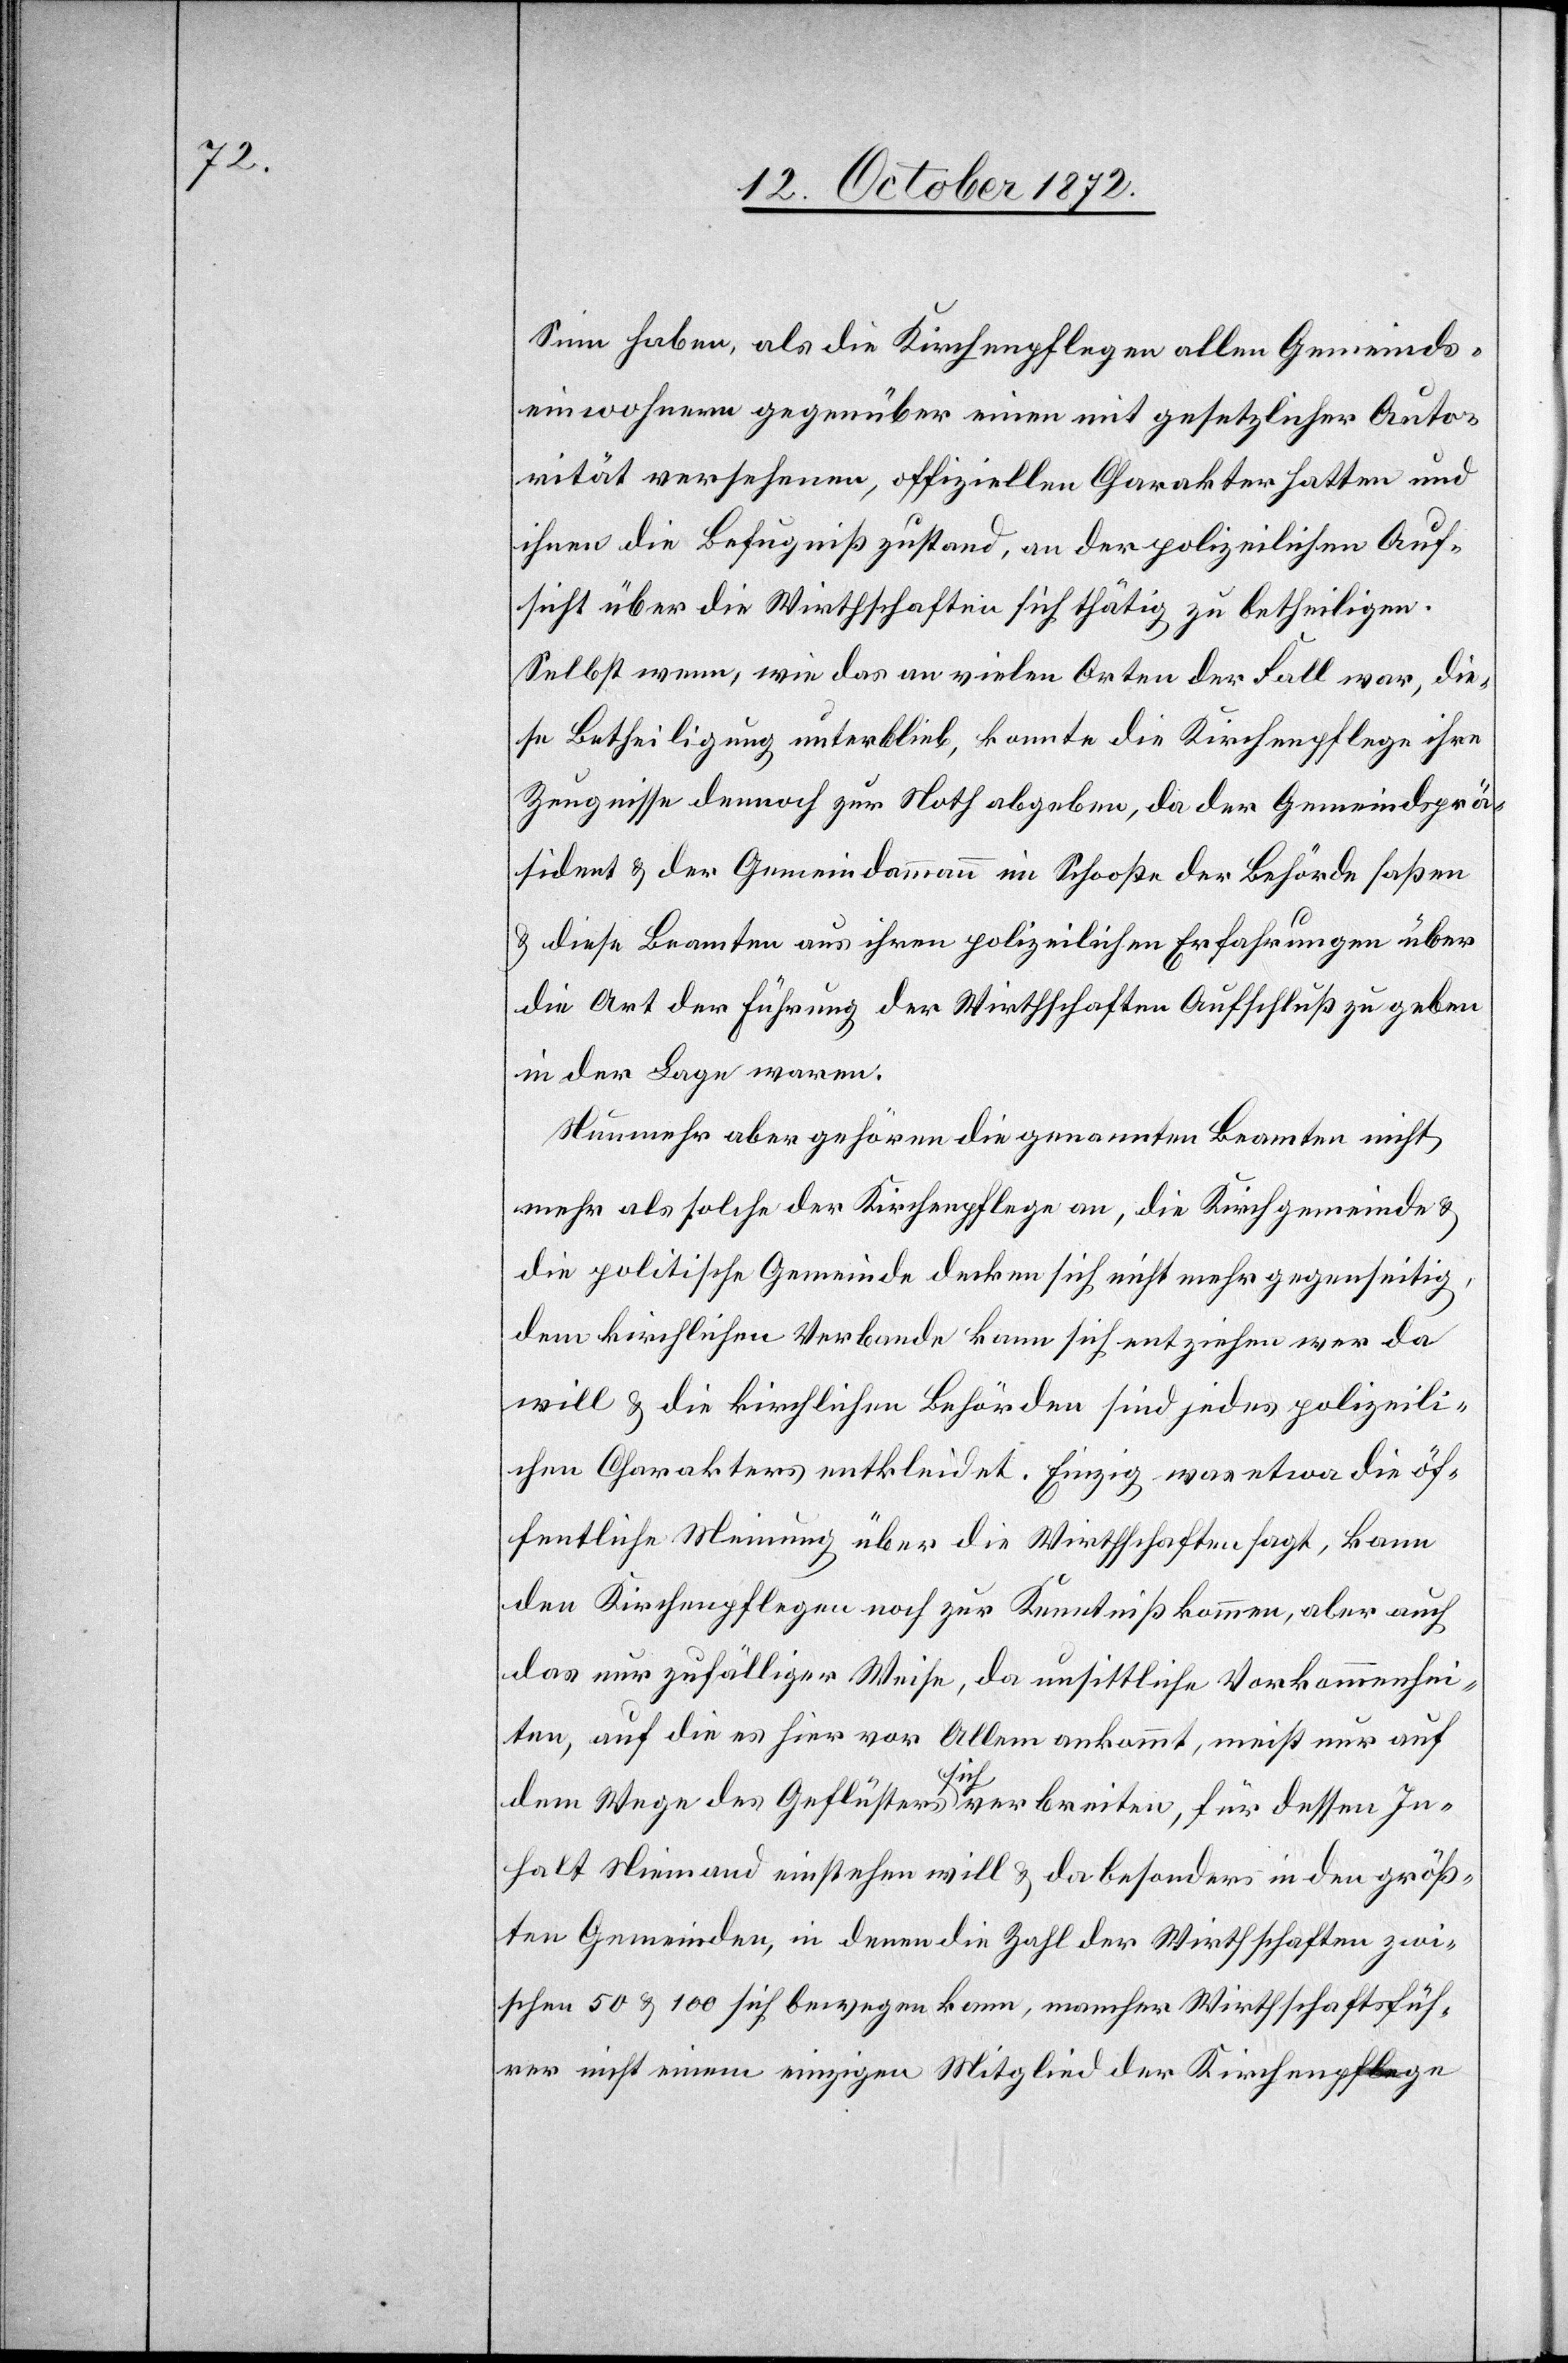
Sinn haben, als die Kirchenpflegen allen Gemeinds¬
einwohnern gegenüber einen mit gesetzlichen Auto¬
rität versehenen, offiziellen Charakter hatten und
ihnen die Befugniß zustand, an der polizeilichen Auf¬
sicht über die Wirthschaften sich thätig zu betheiligen.
Selbst wenn, wie das an vielen Orten der Fall war, die¬
se Betheiligung unterblieb, konnte die Kirchenpflege ihre
Zeugnisse dennoch zur Noth abgeben, da der Gemeindsprä¬
sident u. der Gemeindammann im Schooße der Behörde saßen
u. diese Beamten aus ihren polizeilichen Erfahrungen über
die Art der Führung der Wirthschaften Aufschluß zu geben
in der Lage waren.
Nunmehr aber gehören die genannten Beamten nicht
mehr als solche der Kirchenpflege an, die Kirchgemeinde u.
die politische Gemeinde decken sich nicht mehr gegenseitig,
dem kirchlichen Verbande kann sich entziehen wer da
will u. die kirchlichen Behörden sind jedes polizeili¬
chen Charakters entkleidet. Einzig was etwa die öf¬
fentliche Meinung über die Wirthschaften sagt, kann
den Kirchenpflegen noch zur Kenntniß kommen, aber auch
das nur zufälliger Weise, da unsittliche Vorkommenhei¬
ten, auf die es hier vor Allem ankommt, meist nur auf
dem Wege des Geflüsters sich verbreiten, für dessen In¬
halt Niemand einstehen will u. da besonders in den größ¬
ten Gemeinden, in denen die Zahl der Wirthschaften zwi¬
schen 50 u. 100 sich bewegen kann, mancher Wirthschaftsfüh¬
rer nicht einem einzigen Mitglied der Kirchenpflege